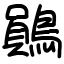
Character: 鶰